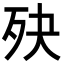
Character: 𣧎